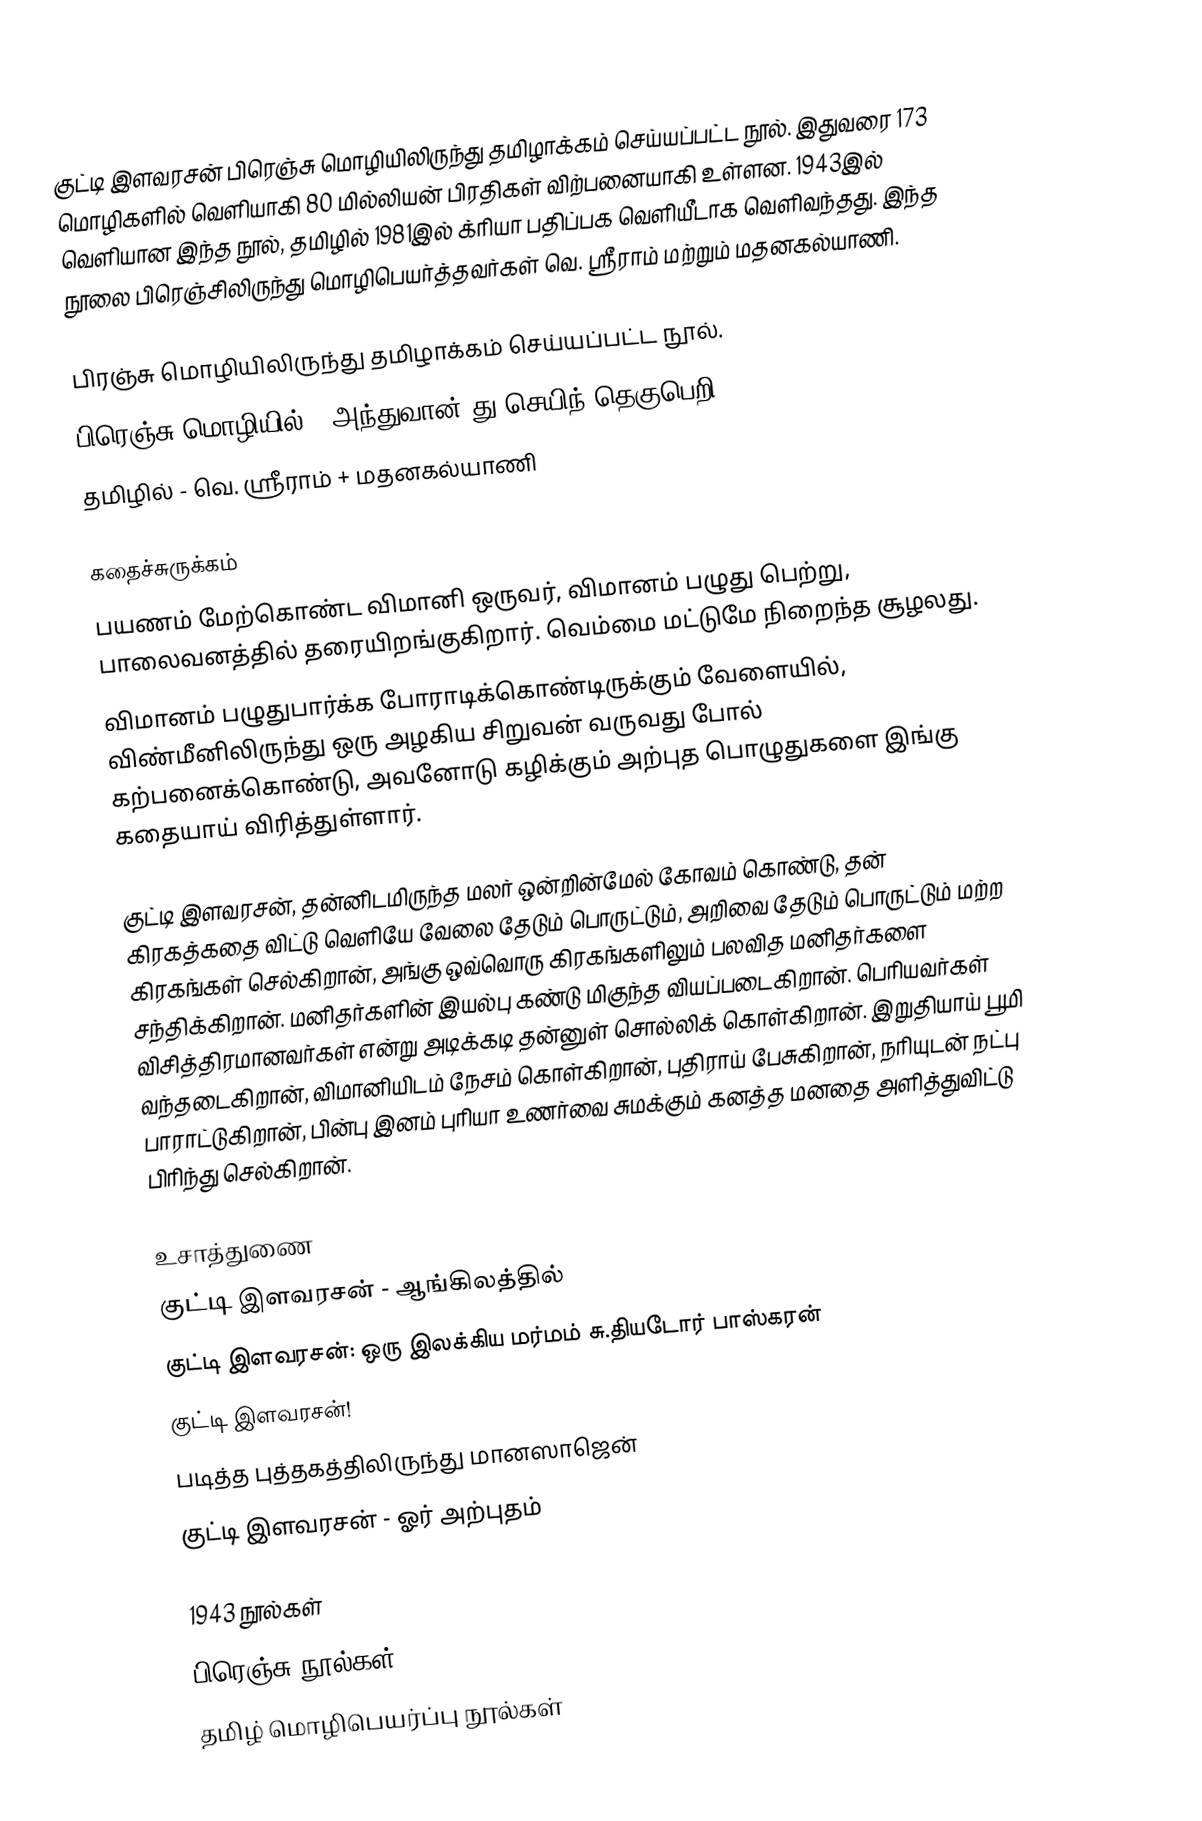
குட்டி இளவரசன் பிரெஞ்சு மொழியிலிருந்து தமிழாக்கம் செய்யப்பட்ட நூல். இதுவரை 173 மொழிகளில் வெளியாகி 80 மில்லியன் பிரதிகள் விற்பனையாகி உள்ளன. 1943இல் வெளியான இந்த நூல், தமிழில் 1981இல் க்ரியா பதிப்பக  வெளியீடாக வெளிவந்தது. இந்த நூலை பிரெஞ்சிலிருந்து மொழிபெயர்த்தவர்கள் வெ. ஸ்ரீராம் மற்றும் மதனகல்யாணி.

பிரஞ்சு மொழியிலிருந்து தமிழாக்கம் செய்யப்பட்ட நூல்.
பிரெஞ்சு மொழியில் - அந்துவான் து செயிந் தெகுபெறி
தமிழில் -  வெ. ஸ்ரீராம் + மதனகல்யாணி

கதைச்சுருக்கம்
பயணம் மேற்கொண்ட விமானி ஒருவர், விமானம் பழுது பெற்று, பாலைவனத்தில் தரையிறங்குகிறார்.  வெம்மை மட்டுமே நிறைந்த சூழலது.
விமானம் பழுதுபார்க்க போராடிக்கொண்டிருக்கும் வேளையில், விண்மீனிலிருந்து ஒரு அழகிய சிறுவன் வருவது போல் கற்பனைக்கொண்டு, அவனோடு கழிக்கும் அற்புத பொழுதுகளை இங்கு கதையாய் விரித்துள்ளார்.

குட்டி இளவரசன், தன்னிடமிருந்த மலர் ஒன்றின்மேல் கோவம் கொண்டு, தன் கிரகத்கதை விட்டு வெளியே வேலை தேடும் பொருட்டும், அறிவை தேடும் பொருட்டும் மற்ற கிரகங்கள் செல்கிறான், அங்கு ஒவ்வொரு கிரகங்களிலும் பலவித மனிதர்களை சந்திக்கிறான். மனிதர்களின் இயல்பு  கண்டு மிகுந்த வியப்படைகிறான். பெரியவர்கள் விசித்திரமானவர்கள் என்று அடிக்கடி தன்னுள் சொல்லிக் கொள்கிறான்.  இறுதியாய் பூமி வந்தடைகிறான், விமானியிடம் நேசம் கொள்கிறான், புதிராய் பேசுகிறான், நரியுடன் நட்பு பாராட்டுகிறான், பின்பு இனம் புரியா உணர்வை சுமக்கும் கனத்த மனதை அளித்துவிட்டு பிரிந்து செல்கிறான்.

உசாத்துணை
 குட்டி இளவரசன் - ஆங்கிலத்தில்
 குட்டி இளவரசன்: ஒரு இலக்கிய மர்மம்  சு.தியடோர் பாஸ்கரன்
 குட்டி இளவரசன்!
 படித்த புத்தகத்திலிருந்து மானஸாஜென்
 குட்டி இளவரசன் - ஓர் அற்புதம்

1943 நூல்கள்
பிரெஞ்சு நூல்கள்
தமிழ் மொழிபெயர்ப்பு நூல்கள்